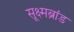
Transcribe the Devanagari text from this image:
सूक्ष्मब्रांड